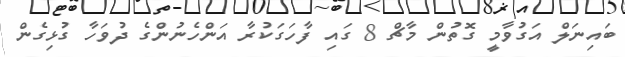
ބައިނަލް އަގުވާމީ ގޮތުން މާޗް 8 ގައި ފާހަގަކުރާ އަންހެނުންގެ ދުވަހާ ގުޅިގެން